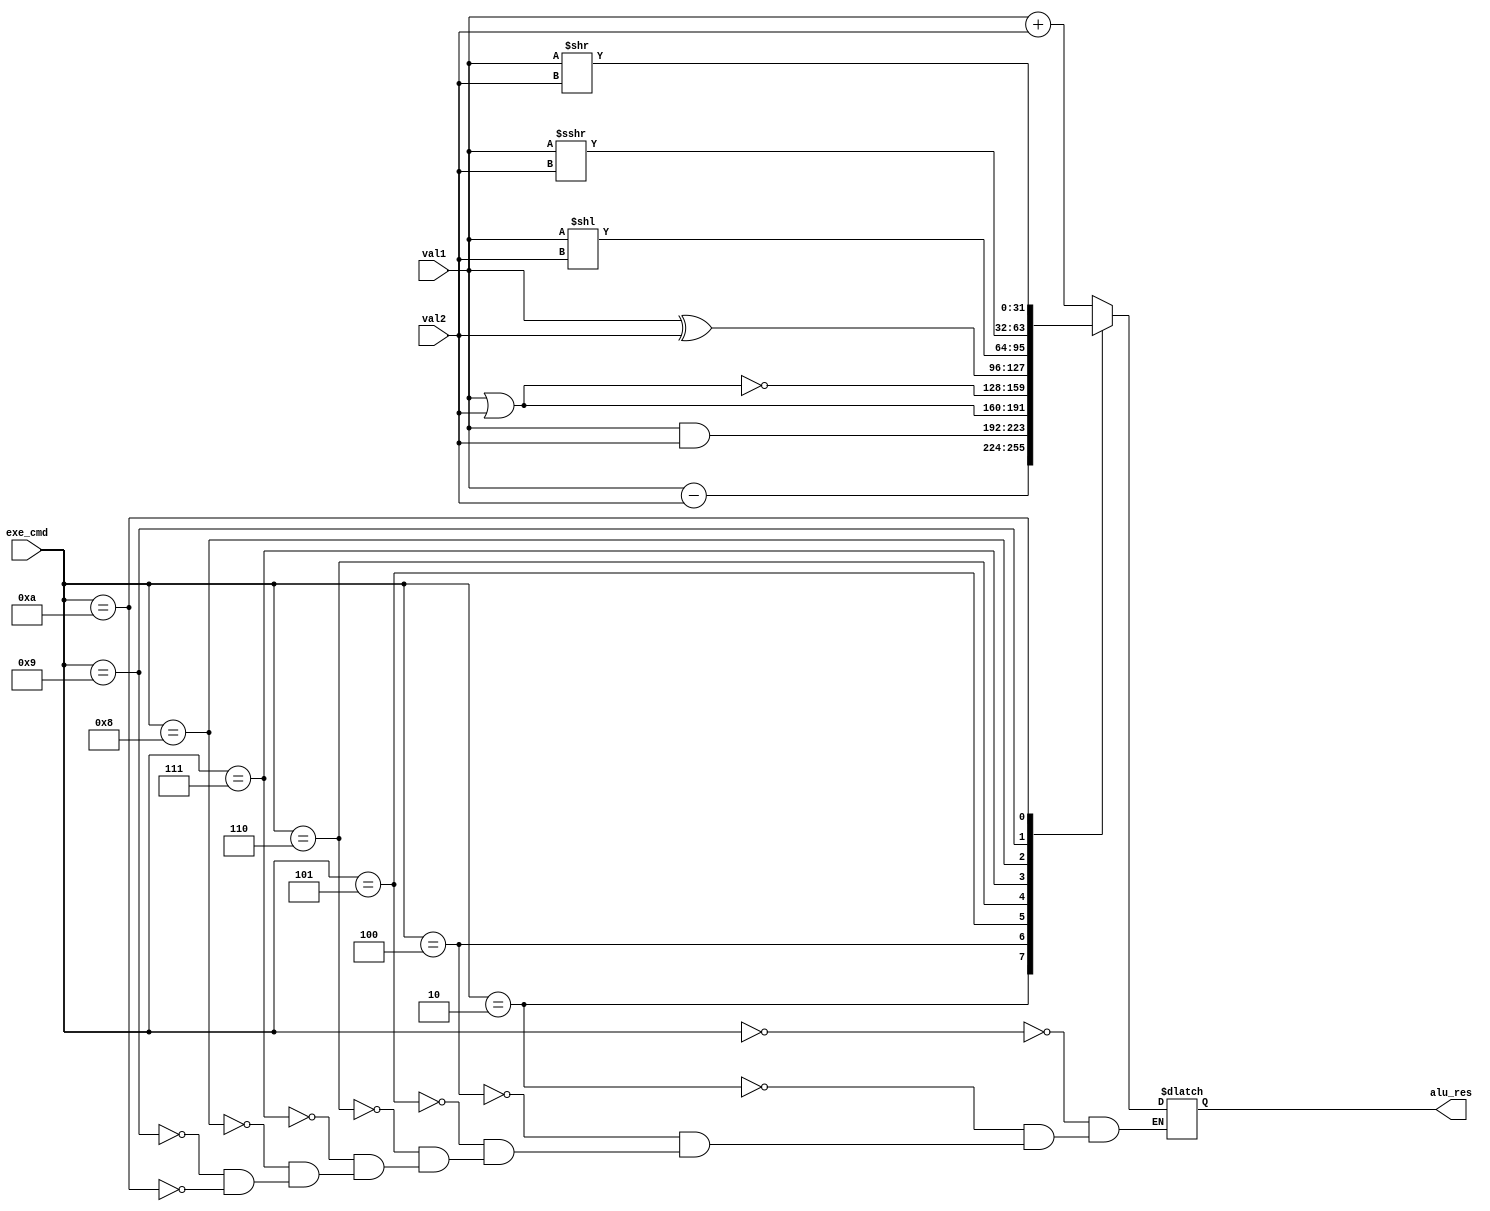
module ALU(
	input[31:0] val1, val2,
	input [3:0] exe_cmd,
	output reg [31:0] alu_res
);

	always@(*) begin
		case(exe_cmd)
			0: alu_res <= val1 + val2;
			2: alu_res <= val1 - val2;
			4: alu_res <= val1 & val2;
			5: alu_res <= val1 | val2;
			6: alu_res <= ~(val1 | val2);		// nor
			7: alu_res <= val1 ^ val2;			// xor
			8: alu_res <= val1 << val2;
			//9: alu_res <= (val1[31]) ? {val2{1'b1}, val1} : {val2{1'b0}, val1};
			9: alu_res<=val1 >>> val2;
			10: alu_res <= val1 >> val2;
		endcase
	end

endmodule